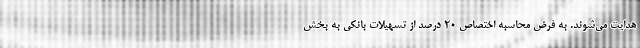
هدایت می‌شوند. به فرض محاسبه اختصاص ۲۰ درصد از تسهیلات بانکی به بخش